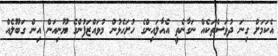
އެކަމަށް ގިނަ ދުވަސްތަކެއް ނަގާނެތީ އެއާލައިންގެ ހުށަހެޅުން މުވައްޒަފުންގެ ޔޫނިއަން އިން ގަބޫލެއް